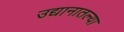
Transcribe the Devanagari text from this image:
उद्यानातल्या